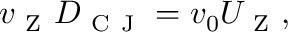
{ v _ { \mathrm { ~ Z ~ } } } D _ { \mathrm { ~ C ~ J ~ } } = v _ { 0 } { U _ { \mathrm { ~ Z ~ } } } ,